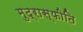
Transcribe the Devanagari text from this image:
मुद्रास्‍फीति